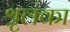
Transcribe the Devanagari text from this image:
श्रृलंका